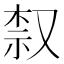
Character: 𫩀